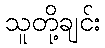
သူတို့ချင်း